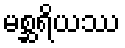
မစ္ဆရိယဿ